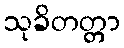
သုခိတတ္တာ